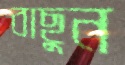
বাছুন